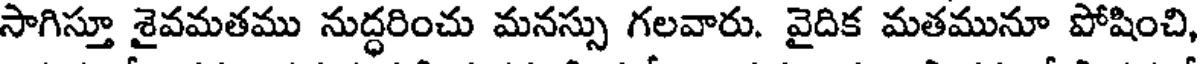
సాగిస్తూ శైవమతము నుద్ధరించు మనస్సు గలవారు. వైదిక మతమునూ పోషించి,